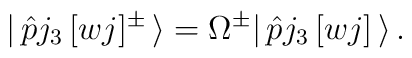
|\,\hat{p}j_{3}\,[wj]^{\pm}\,\rangle=\Omega^{\pm}|\,\hat{p}j_{3}\,[wj]\,\rangle\, .